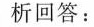
分析回答：